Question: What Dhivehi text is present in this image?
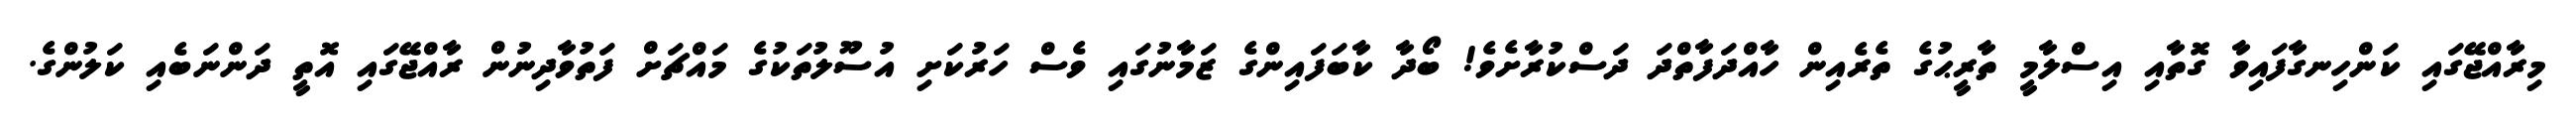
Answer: މިރާއްޖޭގައި ކަންހިނގާފައިވާ ގޮތާއި އިސްލާމީ ތާރީޙުގެ ތެރެއިން ހާއްދަފާތްދަ ދަސްކުރާށެވެ! ބޯދާ ކާބަފައިންގެ ޒަމާނުގައި ވެސް ހަރުކަށި އުސޫލުތަކުގެ މައްޗަށް ފަތުވާދިނުން ރާއްޖޭގައި އޮތީ ދަންނަބެއި ކަލުންގެ.